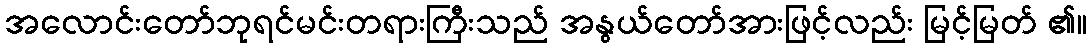
အလောင်းတော်ဘုရင်မင်းတရားကြီးသည် အနွယ်တော်အားဖြင့်လည်း မြင့်မြတ် ၏။